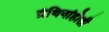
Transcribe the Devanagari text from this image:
ग्रंथियांहोती